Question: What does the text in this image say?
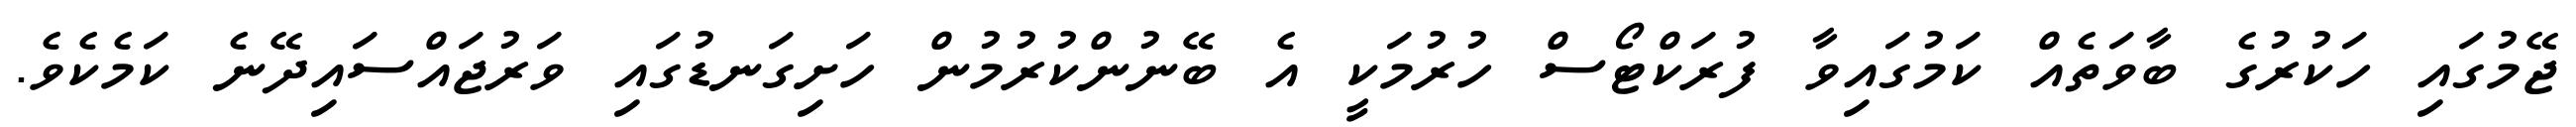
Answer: ޖޭމުގައި ހަކުރުގެ ބާވަތެއް ކަމުގައިވާ ފުރަކްޓޯސް ހުރުމަކީ އެ ބޭނުންކުރުމުން ހަށިގަނޑުގައި ވަރުޖައްސައިދޭނެ ކަމެކެވެ.